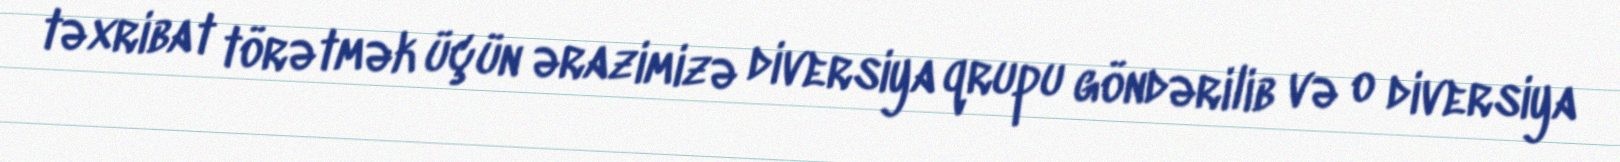
təxribat törətmək üçün ərazimizə diversiya qrupu göndərilib və o diversiya